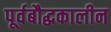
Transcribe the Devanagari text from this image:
पूर्वबौद्धकालीन